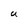
Character: U